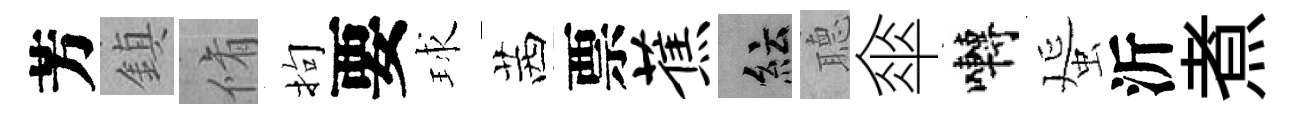
芳鎮脩拘要球茜票蕉紜𦗟傘囀蜑沂煮